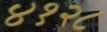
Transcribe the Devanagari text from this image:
४१२८